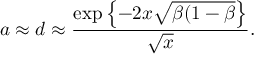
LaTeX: a \approx d \approx \frac { \exp \left\{ - 2 x \sqrt { \beta ( 1 - \beta } \right\} } { \sqrt { x } } .